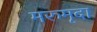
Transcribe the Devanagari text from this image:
मरुमृदा